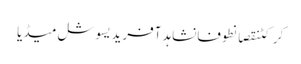
کرکٹنقصانطوفانشاہد آفریدیسوشل میڈیا